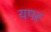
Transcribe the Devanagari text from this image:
यपर